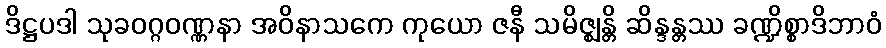
ဒိဋ္ဌပဒါ သုခဝဂ္ဂဝဏ္ဏနာ အဝိနာသကေ ကုယော ဇနီ သမိဇ္ဈန္တိ ဆိန္ဒန္တဿ ခဏ္ဍိစ္စာဒိဘာဝံ